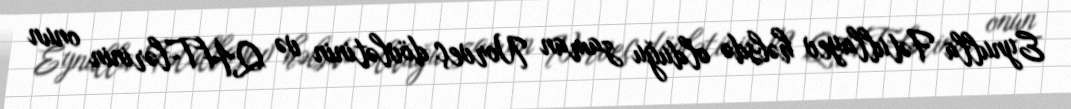
Eynulla Fətullayev həbsdə olduğu zaman Norveç dövlətinin və QHT-lərinin onun